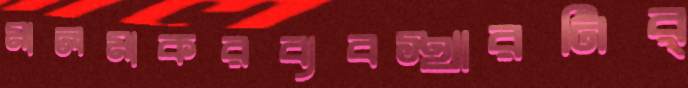
মালমাকরব্যবস্থারনির্